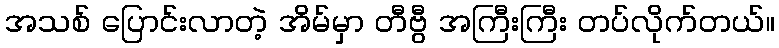
အသစ် ပြောင်းလာတဲ့ အိမ်မှာ တီဗွီ အကြီးကြီး တပ်လိုက်တယ်။